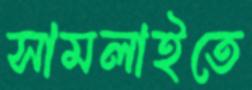
সামলাইতে